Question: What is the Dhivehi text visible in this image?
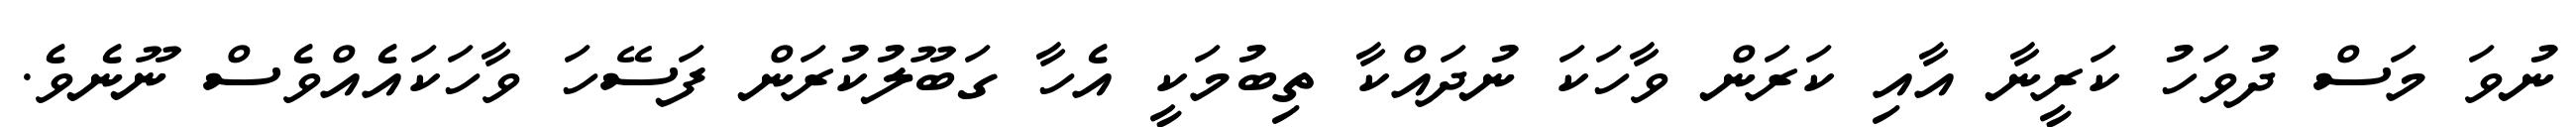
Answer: ނުވަ މަސް ދުވަހު ކަރީނާ އާއި ކަރަން ވާހަކަ ނުދައްކާ ތިބުމަކީ އެހާ ގަބޫލުކުރަން ފަސޭހަ ވާހަކައެއްވެސް ނޫނެވެ.